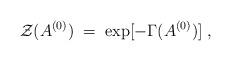
LaTeX: \begin{align*}{\cal Z} (A^{(0)}) \;=\; \exp [- \Gamma ( A^{(0)})] \;,\end{align*}